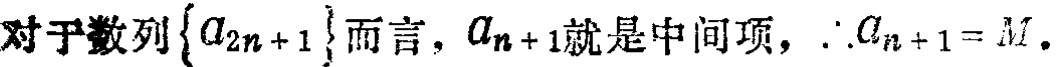
对于数列\(\{ a_{2n + 1}\}\)而言，\(a_{n + 1}\)就是中间项，\(\therefore a_{n + 1} = M\)。